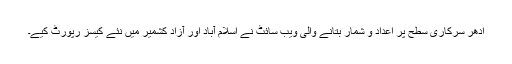
ادھر سرکاری سطح پر اعداد و شمار بتانے والی ویب سائٹ نے اسلام آباد اور آزاد کشمیر میں نئے کیسز رپورٹ کیے۔